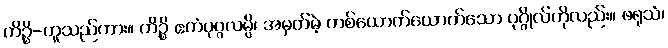
ကိဉ္စိ-ဟူသည်ကား။ ကိဉ္စိ ဧကံပုဂ္ဂလမ္ပိ၊ အမှတ်မဲ့ တစ်ယောက်ယောက်သော ပုဂ္ဂိုလ်ကိုလည်း။ ဖရုသံ၊